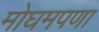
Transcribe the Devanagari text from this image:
मोघमपणा